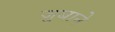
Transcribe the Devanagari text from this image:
जुबाने